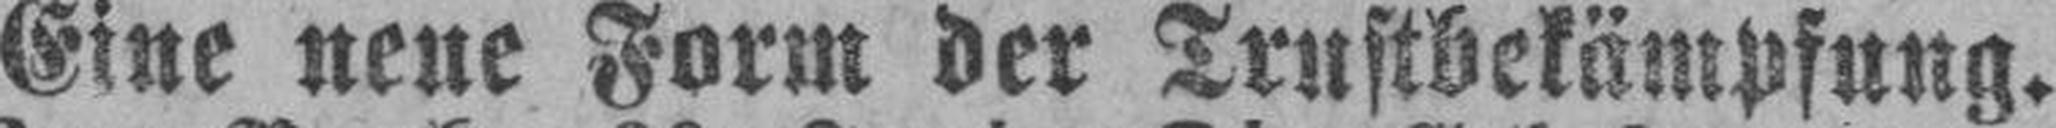
Eine neue Form der Trustbekämpfung.